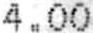
4.00